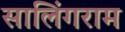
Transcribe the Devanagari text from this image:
सालिंगराम